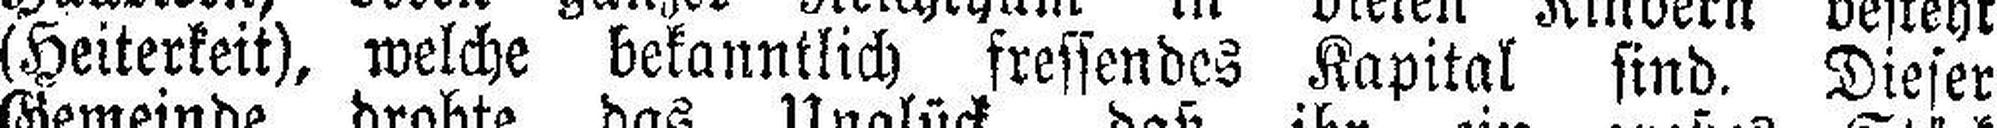
(Heiterkeit), welche bekanntlich fressendes Kapital sind. Dieser